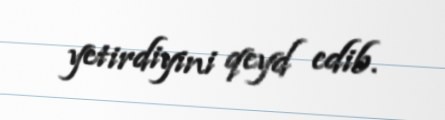
yetirdiyini qeyd edib.